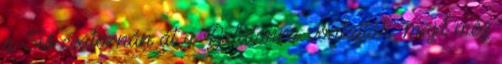
a Sió csatornán át a Balatonra vontatták, majd még